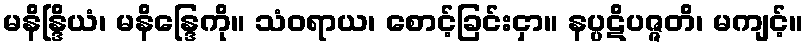
မနိန္ဒြိယံ၊ မနိန္ဒြေကို။ သံဝရာယ၊ စောင့်ခြင်းငှာ။ နပ္ပဋိပဇ္ဇတိ၊ မကျင့်။